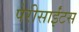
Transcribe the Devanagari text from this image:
पेरीसाईंटस